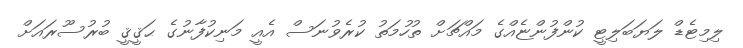
ލިމިޓެޑް ލަޔަބަލިޓީ ކުންފުންޏެއްގެ މައްޗަށް ތުހުމަތު ކުރެވުނަސް އެއީ މަނިކުފާނުގެ ޙަޤީޤީ ބުރުސޫރައަށް